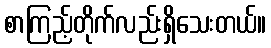
စာကြည့်တိုက်လည်းရှိသေးတယ်။